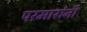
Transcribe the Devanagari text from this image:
परमारांनी